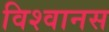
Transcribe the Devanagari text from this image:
विश्वानस